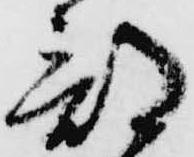
部